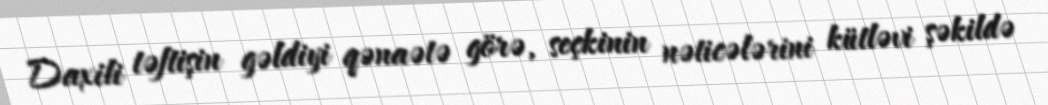
Daxili təftişin gəldiyi qənaətə görə, seçkinin nəticələrini kütləvi şəkildə